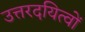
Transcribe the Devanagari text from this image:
उत्तरदयित्वों